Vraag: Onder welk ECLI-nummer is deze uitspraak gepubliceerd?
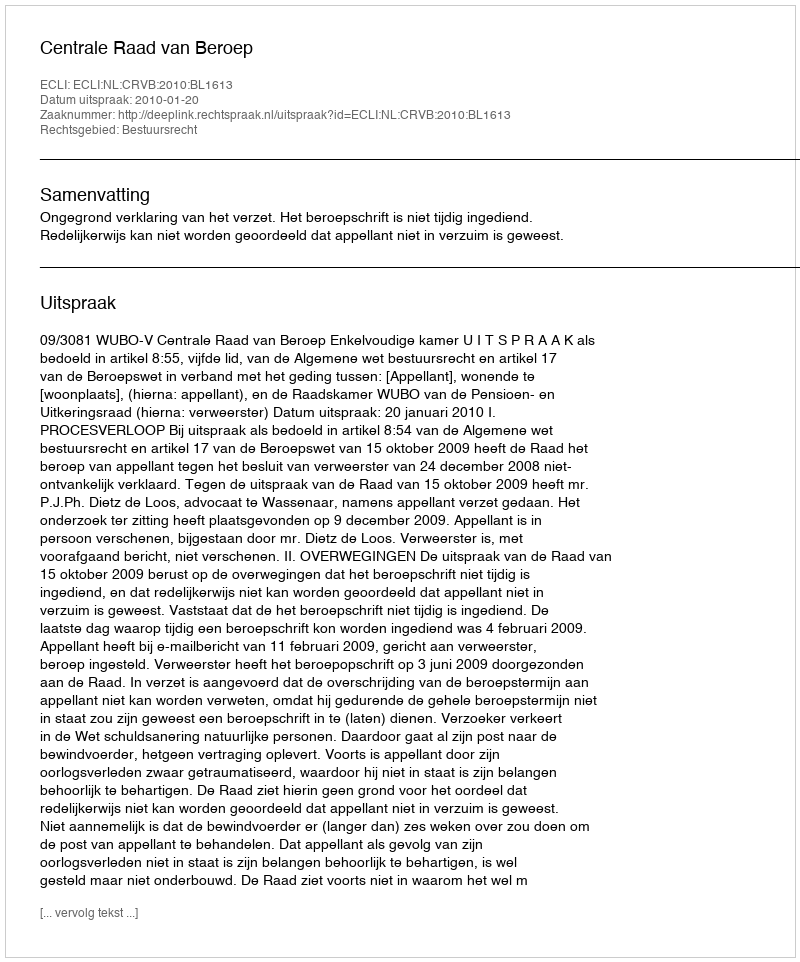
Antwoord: ECLI:NL:CRVB:2010:BL1613